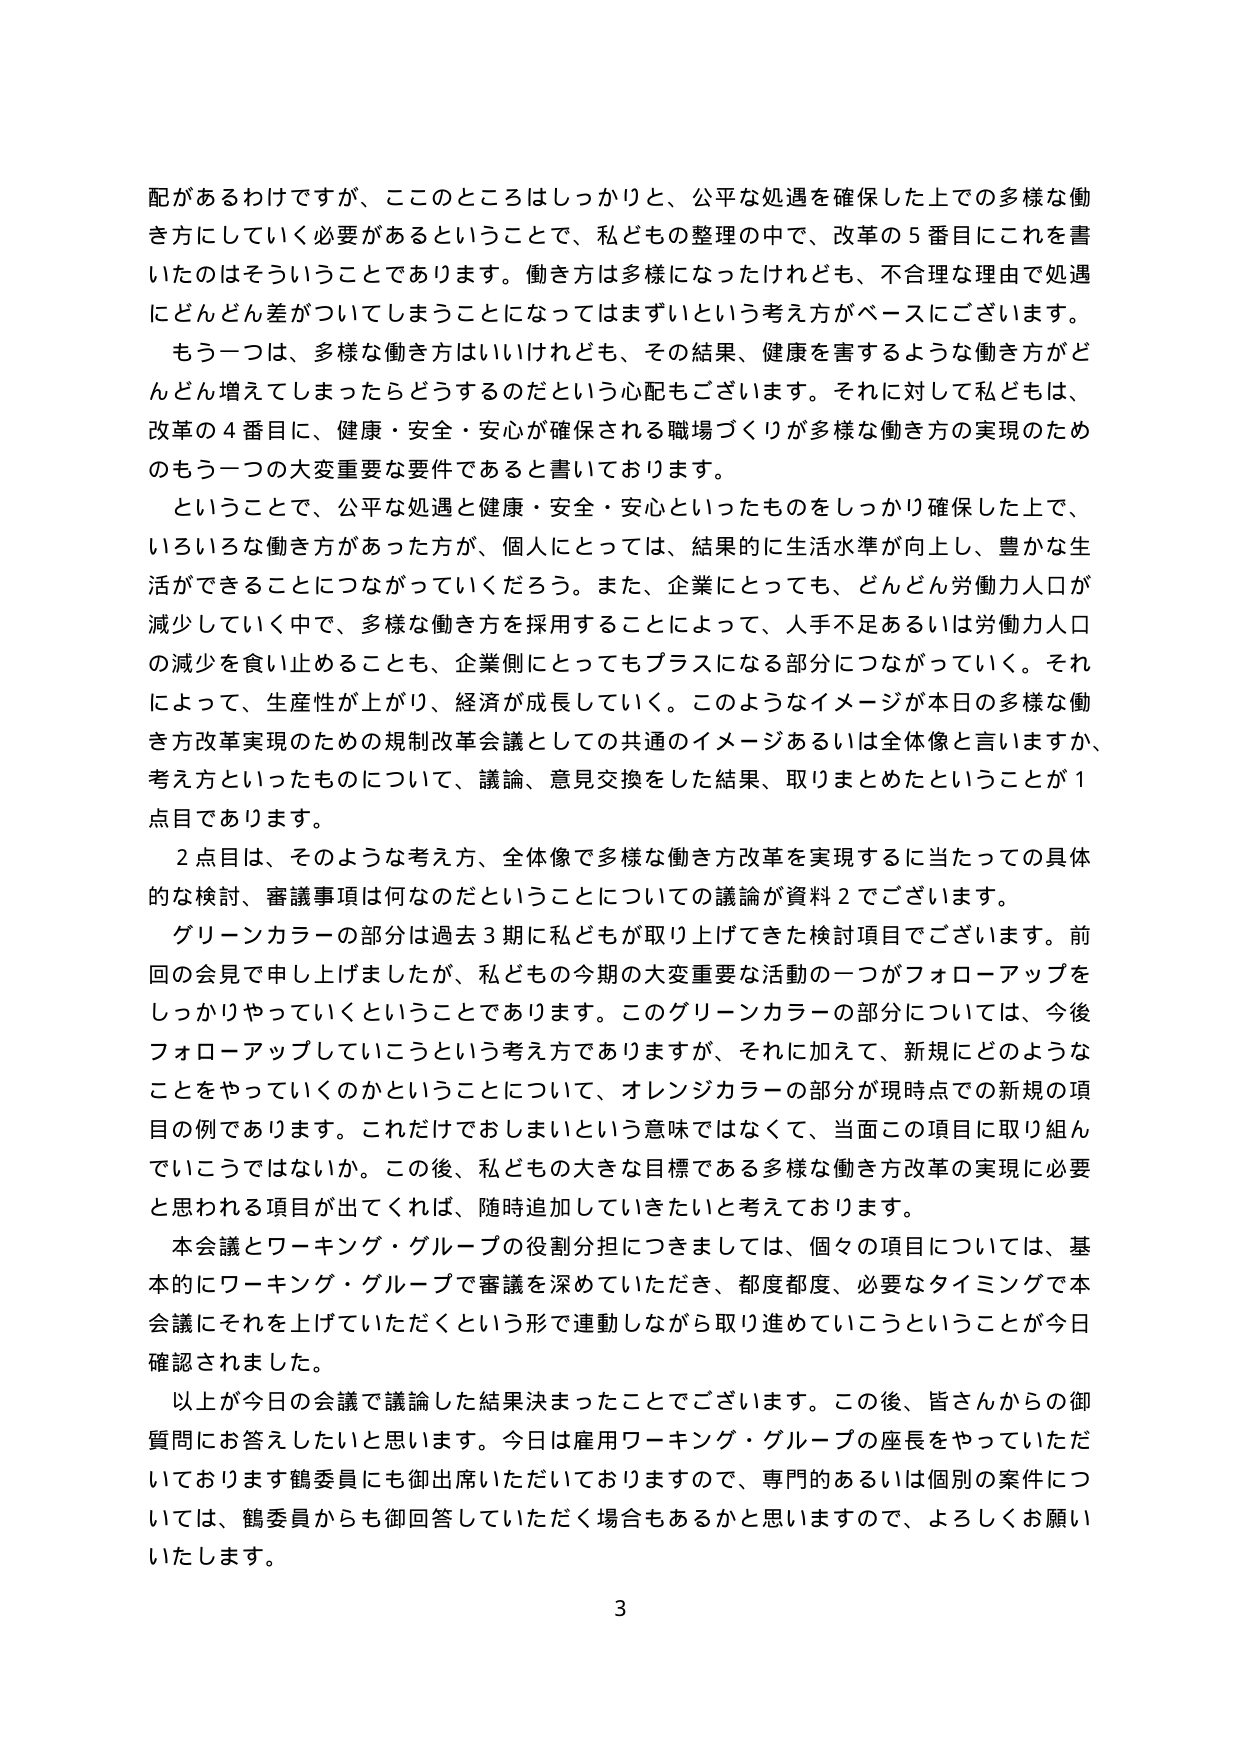
配があるわけですが、ここのところはしっかりと、公平な処遇を確保した上での多様な働き方にしていく必要があるということで、私どもの整理の中で、改革の５番目にこれを書いたのはそういうことであります。働き方は多様になったけれども、不合理な理由で処遇にどんどん差がついてしまうことになってはまずいという考え方がベースにございます。

もう一つは、多様な働き方はいいけれども、その結果、健康を害するような働き方がどんどん増えてしまったらどうするのだという心配もございます。それに対して私どもは、改革の４番目に、健康・安全・安心が確保される職場づくりが多様な働き方の実現のためのもう一つの大変重要な要件であると書いております。

ということで、公平な処遇と健康・安全・安心といったものをしっかり確保した上で、いろいろな働き方があった方が、個人にとっては、結果的に生活水準が向上し、豊かな生活ができることにつながっていくだろう。また、企業にとっても、どんどん労働力人口が減少していく中で、多様な働き方を採用することによって、人手不足あるいは労働力人口の減少を食い止めることも、企業側にとってもプラスになる部分につながっていく。それによって、生産性が上がり、経済が成長していく。このようなイメージが本日の多様な働き方改革実現のための規制改革会議としての共通のイメージあるいは全体像と言いますか、考え方といったものについて、議論、意見交換をした結果、取りまとめたということが１点目であります。

２点目は、そのような考え方、全体像で多様な働き方改革を実現するに当たっての具体的な検討、審議事項は何なのだということについての議論が資料２でございます。

グリーンカラーの部分は過去３期に私どもが取り上げてきた検討項目でございます。前回の会見で申し上げましたが、私どもの今期の大変重要な活動の一つがフォローアップをしっかりやっていくということであります。このグリーンカラーの部分については、今後フォローアップしていこうという考え方でありますが、それに加えて、新規にどのようなことをやっていくのかということについて、オレンジカラーの部分が現時点での新規の項目の例であります。これだけでおしまいという意味ではなくて、当面この項目に取り組んでいこうではないか。この後、私どもの大きな目標である多様な働き方改革の実現に必要と思われる項目が出てくれば、随時追加していきたいと考えております。

本会議とワーキング・グループの役割分担につきましては、個々の項目については、基本的にワーキング・グループで審議を深めていただき、都度都度、必要なタイミングで本会議にそれを上げていただくという形で連動しながら取り進めていこうということが今日確認されました。

以上が今日の会議で議論した結果決まったことでございます。この後、皆さんからの御質問にお答えしたいと思います。今日は雇用ワーキング・グループの座長をやっていただいております鶴委員にも御出席いただいておりますので、専門のあるいは個別の案件については、鶴委員からも御回答していただく場合もあるかと思いますので、よろしくお願いいたします。

3